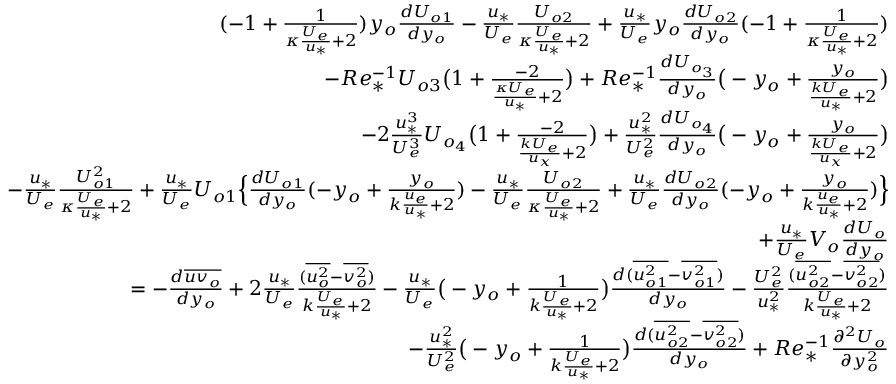
\begin{array} { r } { ( - 1 + \frac { 1 } { \kappa \frac { U _ { e } } { u _ { * } } + 2 } ) y _ { o } \frac { d U _ { o 1 } } { d y _ { o } } - \frac { u _ { * } } { U _ { e } } \frac { U _ { o 2 } } { \kappa \frac { U _ { e } } { u _ { * } } + 2 } + \frac { u _ { * } } { U _ { e } } y _ { o } \frac { d U _ { o 2 } } { d y _ { o } } ( - 1 + \frac { 1 } { \kappa \frac { U _ { e } } { u _ { * } } + 2 } ) } \\ { - R e _ { * } ^ { - 1 } U _ { o 3 } \big ( 1 + \frac { - 2 } { \frac { \kappa U _ { e } } { u _ { * } } + 2 } \big ) + R e _ { * } ^ { - 1 } \frac { d U _ { o _ { 3 } } } { d y _ { o } } \big ( - y _ { o } + \frac { y _ { o } } { \frac { k U _ { e } } { u _ { * } } + 2 } \big ) } \\ { - 2 \frac { u _ { * } ^ { 3 } } { U _ { e } ^ { 3 } } U _ { o _ { 4 } } \big ( 1 + \frac { - 2 } { \frac { k U _ { e } } { u _ { x } } + 2 } \big ) + \frac { u _ { * } ^ { 2 } } { U _ { e } ^ { 2 } } \frac { d U _ { o _ { 4 } } } { d y _ { o } } \big ( - y _ { o } + \frac { y _ { o } } { \frac { k U _ { e } } { u _ { x } } + 2 } \big ) } \\ { - \frac { u _ { * } } { U _ { e } } \frac { U _ { o 1 } ^ { 2 } } { \kappa \frac { U _ { e } } { u _ { * } } + 2 } + \frac { u _ { * } } { U _ { e } } U _ { o 1 } \Big \{ \frac { d U _ { o 1 } } { d y _ { o } } ( - y _ { o } + \frac { y _ { o } } { k \frac { u _ { e } } { u _ { * } } + 2 } ) - \frac { u _ { * } } { U _ { e } } \frac { U _ { o 2 } } { \kappa \frac { U _ { e } } { u _ { * } } + 2 } + \frac { u _ { * } } { U _ { e } } \frac { d U _ { o 2 } } { d y _ { o } } ( - y _ { o } + \frac { y _ { o } } { k \frac { u _ { e } } { u _ { * } } + 2 } ) \Big \} } \\ { + \frac { u _ { * } } { U _ { e } } V _ { o } \frac { d U _ { o } } { d y _ { o } } } \\ { = - \frac { d \overline { { u v _ { o } } } } { d y _ { o } } + 2 \frac { u _ { * } } { U _ { e } } \frac { ( \overline { { u _ { o } ^ { 2 } } } - \overline { { v _ { o } ^ { 2 } } } ) } { k \frac { U _ { e } } { u _ { * } } + 2 } - \frac { u _ { * } } { U _ { e } } \big ( - y _ { o } + \frac { 1 } { k \frac { U _ { e } } { u _ { * } } + 2 } \big ) \frac { d ( \overline { { u _ { o 1 } ^ { 2 } } } - \overline { { v _ { o 1 } ^ { 2 } } } ) } { d y _ { o } } - \frac { U _ { e } ^ { 2 } } { u _ { * } ^ { 2 } } \frac { ( \overline { { u _ { o 2 } ^ { 2 } } } - \overline { { v _ { o 2 } ^ { 2 } } } ) } { k \frac { U _ { e } } { u _ { * } } + 2 } } \\ { - \frac { u _ { * } ^ { 2 } } { U _ { e } ^ { 2 } } \big ( - y _ { o } + \frac { 1 } { k \frac { U _ { e } } { u _ { * } } + 2 } \big ) \frac { d ( \overline { { u _ { o 2 } ^ { 2 } } } - \overline { { v _ { o 2 } ^ { 2 } } } ) } { d y _ { o } } + R e _ { * } ^ { - 1 } \frac { \partial ^ { 2 } U _ { o } } { \partial y _ { o } ^ { 2 } } } \end{array}